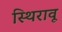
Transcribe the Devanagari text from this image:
स्थिरावू